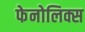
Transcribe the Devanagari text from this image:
फेनोलिक्स